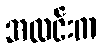
အလင်းက